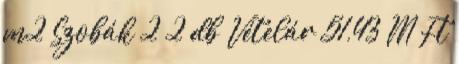
m2 Szobák 2 2 db Vételár 51,43 M Ft